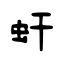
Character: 虷